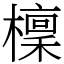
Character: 檁